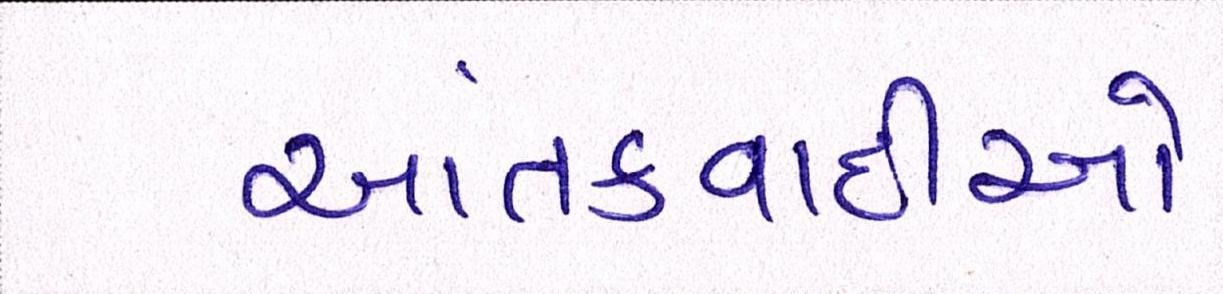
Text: આતંકવાદીઓ